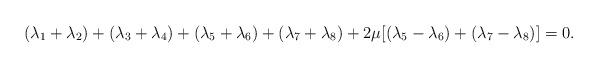
LaTeX: \begin{align*}(\lambda _{1}+\lambda _{2})+(\lambda _{3}+\lambda _{4})+(\lambda_{5}+\lambda _{6})+(\lambda _{7}+\lambda _{8})+2\mu \lbrack (\lambda_{5}-\lambda _{6})+(\lambda _{7}-\lambda _{8})]=0.\end{align*}